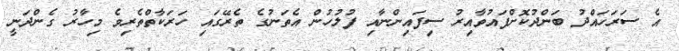
އެ ސަރަހައްދު ބަންދުކޮށްފައުވާއިރު ސިފައިންނާއި ފުލުހުން އެތަނުގެ ތެރޭގައި ހަރަކާތްތެރިވެ މިހާރު ގެންދަނީ